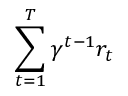
\sum _ { t = 1 } ^ { T } \gamma ^ { t - 1 } r _ { t }